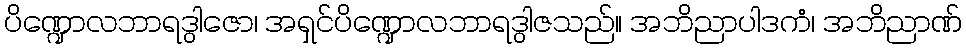
ပိဏ္ဍောလဘာရဒွါဇော၊ အရှင်ပိဏ္ဍောလဘာရဒွါဇသည်။ အဘိညာပါဒကံ၊ အဘိညာဏ်